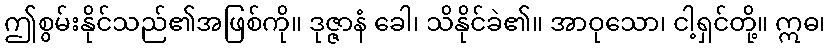
ဤစွမ်းနိုင်သည်၏အဖြစ်ကို။ ဒုဇ္ဇာနံ ခေါ၊ သိနိုင်ခဲ၏။ အာဝုသော၊ ငါ့ရှင်တို့။ ဣဓ၊